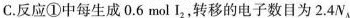
C.反应①中每生成0.6mol I_{2},转移的电子数目为2.4N_{A}